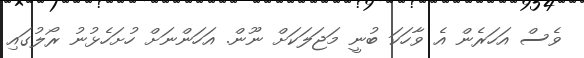
ވެސް އަހަރެން އެ ވާހަކަ ބުނީ މަޖަލަކަށް ނޫން. އަހަންނަށް ހުށަހެޅުނު ރޯލުގައި